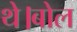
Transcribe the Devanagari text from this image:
थे।बोल